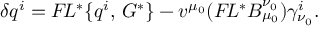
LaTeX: \delta q ^ { i } = { \cal F } \! L ^ { * } \{ q ^ { i } , \, G ^ { * } \} - v ^ { \mu _ { 0 } } ( { \cal F } \! L ^ { * } B _ { \mu _ { 0 } } ^ { \nu _ { 0 } } ) \gamma _ { \nu _ { 0 } } ^ { i } .